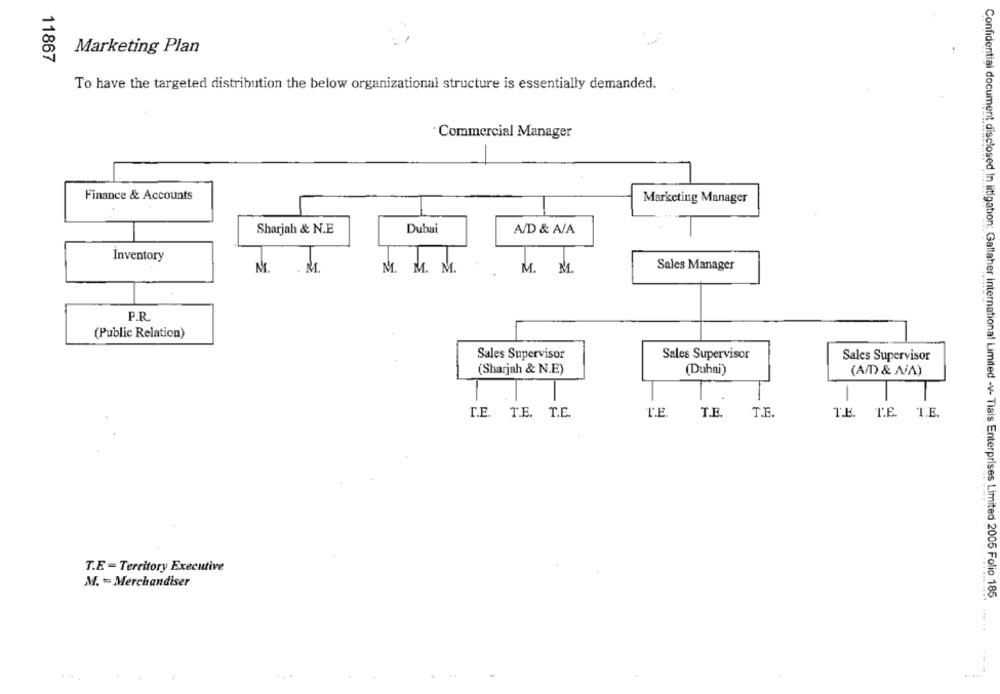
Marketing Plan
11867
To have the targeted distribution the below organizational structure is essentially demanded.
Commercial Manager
Finance & Accounts
Marketing Manager
Sharjah & N.E
Dubai
A/D & A/A
Inventory
M. . M.
M. M. M.
M. M.
Sales Manager
P.R
(Public Relation)
Sales Supervisor
Sales Supervisor
Sales Supervisor
(Sharjah & N.E)
(Dubai)
(AMD) & N/A)
-
I.E. T.E. T.E.
T.E.
T.E.
T.E.
TE. T.E. T.E.
T.E = Territory Executive
M. = Merchandiser
Confidential document disclosed in litigation: Gallaher International Limited -V- Tials Enterprises Limited 2005 Folio 185